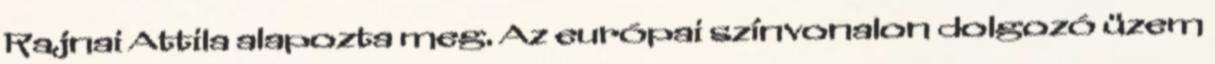
Rajnai Attila alapozta meg. Az európai színvonalon dolgozó üzem